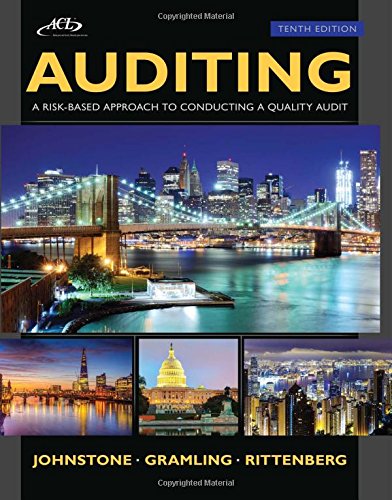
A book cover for Auditing: A Risk Based-Approach to Conducting a Quality Audit (with ACL CD) (Newest Edition); Karla Johnstone; Business & Money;